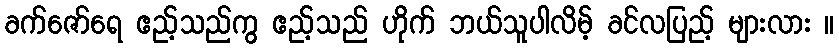
ခက်ဇော်ရေ ဧည့်သည်ကွ ဧည့်သည် ဟိုက် ဘယ်သူပါလိမ့် ခင်လပြည့် များလား ။